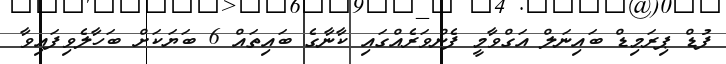
ފުޑް ޕިރަމިޑް ބައިނަލް އަގްވާމީ ފެންވަރެއްގައި ކާނާގެ ބައިތައް 6 ބަޔަކަށް ބަހާލެވިފައިވާ